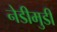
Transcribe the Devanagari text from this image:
नेडीमुडी